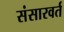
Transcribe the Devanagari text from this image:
संसारवर्त